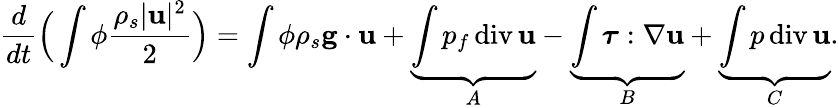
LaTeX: \frac{d}{dt}\Big(\int\phi\frac{\rho_{s}|{\mathbf u}|^{2}}{2}\Big)=\int\phi\rho_{s}{\mathbf g}\cdot{\mathbf u}+\underbrace{\int p_{f}\, \mathrm{div}\, {\mathbf u}}_{A}-\underbrace{\int\boldsymbol{\tau}:\nabla{\mathbf u}}_{B}+\underbrace{\int p\, \mathrm{div}\, {\mathbf u}}_{C}.